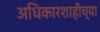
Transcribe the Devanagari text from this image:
अधिकारशाहीच्या